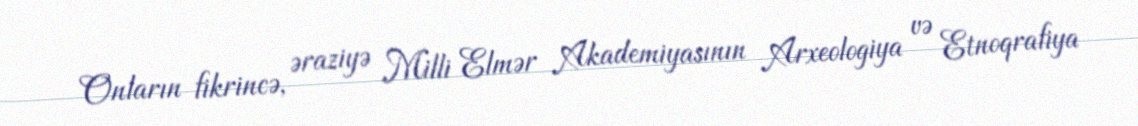
Onların fikrincə, əraziyə Milli Elmər Akademiyasının Arxeologiya və Etnoqrafiya